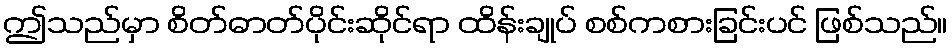
ဤသည်မှာ စိတ်ဓာတ်ပိုင်းဆိုင်ရာ ထိန်းချုပ် စစ်ကစားခြင်းပင် ဖြစ်သည်။